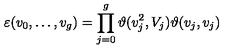
\varepsilon ( v _ { 0 } , \ldots , v _ { g } ) = \prod _ { j = 0 } ^ { g } \vartheta ( v _ { j } ^ { 2 } , V _ { j } ) \vartheta ( v _ { j } , v _ { j } )